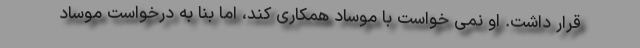
قرار داشت. او نمی‌ خواست با موساد همکاری کند، اما بنا به درخواست موساد